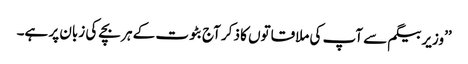
’’وزیر بیگم سے آپ کی ملاقاتوں کا ذکر آج بٹوت کے ہر بچے کی زبان پر ہے۔